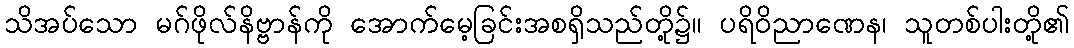
သိအပ်သော မဂ်ဖိုလ်နိဗ္ဗာန်ကို အောက်မေ့ခြင်းအစရှိသည်တို့၌။ ပရိဝိညာဏေန၊ သူတစ်ပါးတို့၏